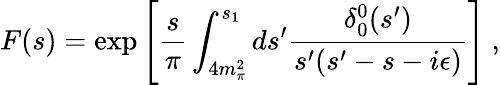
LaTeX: F(s)=\exp\left[\frac{s}{\pi}\int_{4m_{\pi}^{2}}^{s_{1}}ds^{\prime}\frac{\delta_{0}^{0}(s^{\prime})}{s^{\prime}(s^{\prime}-s-i\epsilon)}\right]\ ,